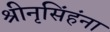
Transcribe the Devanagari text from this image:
श्रीनृसिंहंना